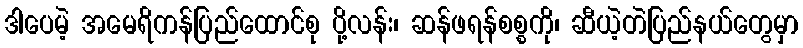
ဒါပေမဲ့ အမေရိကန်ပြည်ထောင်စု ပို့လန်း၊ ဆန်ဖရန်စစ္စကို၊ ဆီယဲ့တဲပြည်နယ်တွေမှာ